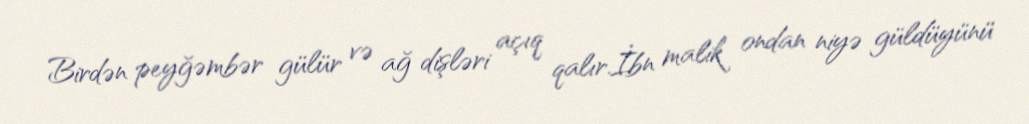
Birdən peyğəmbər gülür və ağ dişləri açıq qalır.İbn malik ondan niyə güldüyünü